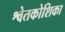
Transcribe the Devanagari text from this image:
श्वेतकोशिका